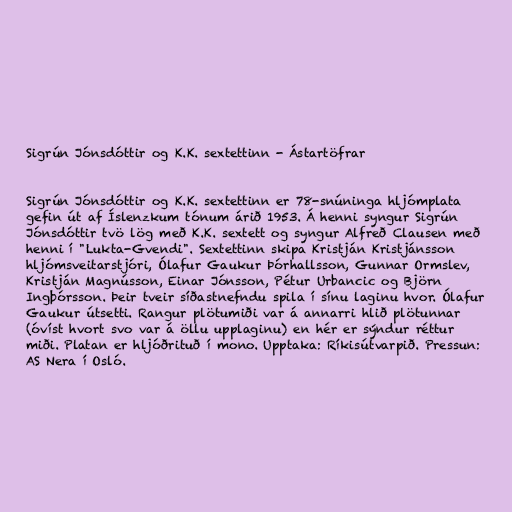
Sigrún Jónsdóttir og K.K. sextettinn - Ástartöfrar

Sigrún Jónsdóttir og K.K. sextettinn er 78-snúninga hljómplata
gefin út af Íslenzkum tónum árið 1953. Á henni syngur Sigrún
Jónsdóttir tvö lög með K.K. sextett og syngur Alfreð Clausen með
henni í "Lukta-Gvendi". Sextettinn skipa Kristján Kristjánsson
hljómsveitarstjóri, Ólafur Gaukur Þórhallsson, Gunnar Ormslev,
Kristján Magnússon, Einar Jónsson, Pétur Urbancic og Björn
Ingþórsson. Þeir tveir síðastnefndu spila í sínu laginu hvor. Ólafur
Gaukur útsetti. Rangur plötumiði var á annarri hlið plötunnar
(óvíst hvort svo var á öllu upplaginu) en hér er sýndur réttur
miði. Platan er hljóðrituð í mono. Upptaka: Ríkisútvarpið. Pressun:
AS Nera í Osló.